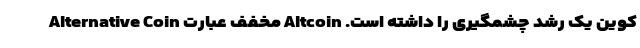
کوین یک رشد چشمگیری را داشته است. Altcoin مخفف عبارت Alternative Coin